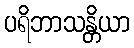
ပရိဘာသန္တိယာ